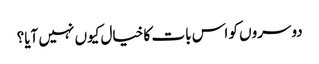
دوسروں کو اس بات کا خیال کیوں نہیں آیا؟